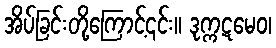
အိပ်ခြင်းတို့ကြောင့်၎င်း။ ဒုက္ကဋမေဝ၊